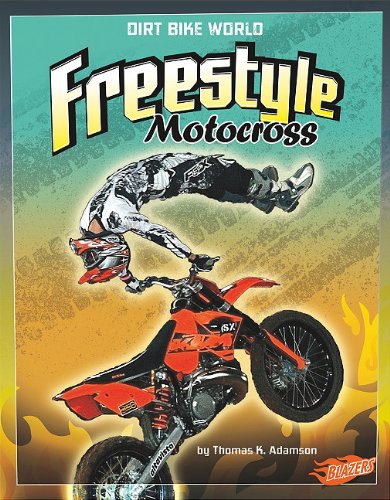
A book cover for Freestyle Motocross (Dirt Bike World); Thomas K. Adamson; Children's Books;